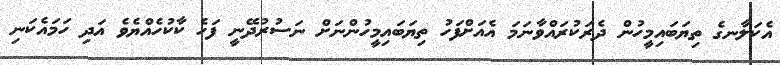
އެކަލާނގެ ތިޔަބައިމީހުން ދެރަކުރައްވާނަމަ އެއަށްފަހު ތިޔަބައިމީހުންނަށް ނަސުރުދޭނީ ފަހެ ކާކުހެއްޔެވެ އަދި ހަމައެކަނި